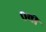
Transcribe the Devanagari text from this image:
०वीं